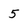
Character: 5